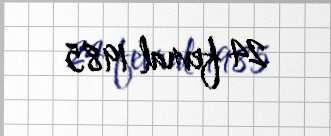
24 fevral 1985